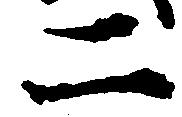
二